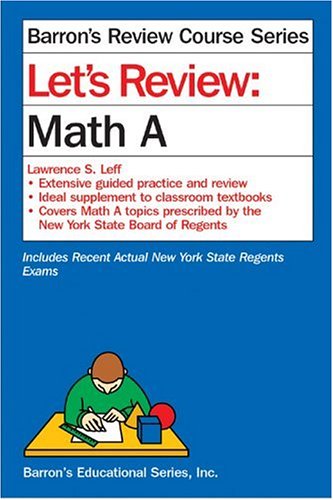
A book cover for Let's Review: Math A (Let's Review Series); Lawrence S. Leff; Test Preparation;